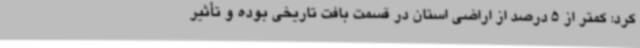
کرد: کمتر از 5 درصد از اراضی استان در قسمت بافت تاریخی بوده و تأثیر